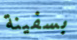
بسفينة